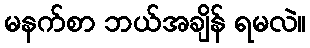
မနက်စာ ဘယ်အချိန် ရမလဲ။